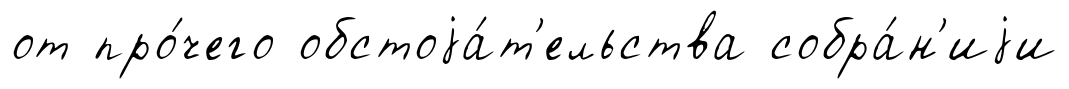
от про́чего обстоjа́т'ельства собра́н'иjи